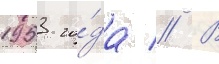
1953 го́да // В